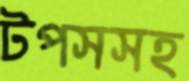
টপসসহ